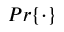
P r \{ \cdot \}